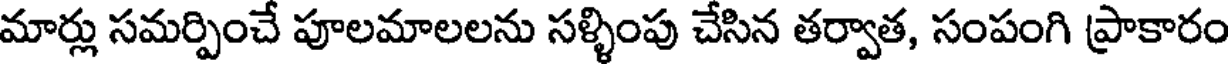
మార్లు సమర్పించే పూలమాలలను సళ్ళింపు చేసిన తర్వాత, సంపంగి ప్రాకారం